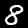
Digit: 8